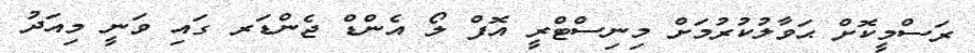
ރަސްމީކޮށް ޙަވާލުކުރުމަށް މިނިސްޓްރީ އޮފް ލޯ އެންޑް ޖެންޑަރ ގައި ވަނީ މިއަދު